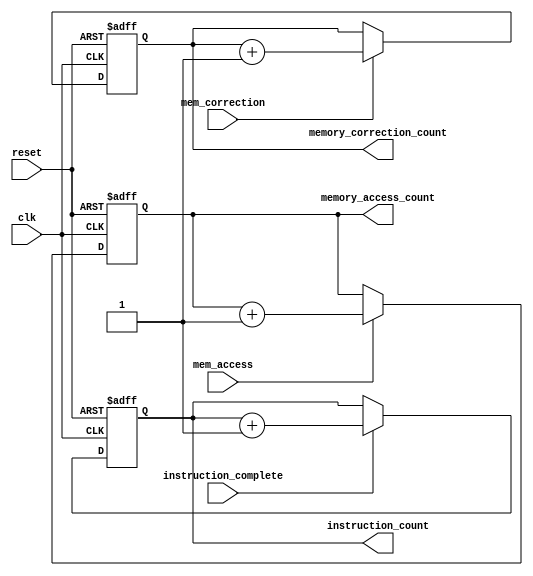
/*
CS 274
Ursinus College

@author Michael Cummins
@purpose Implementation of increment registers
*/

module inc_reg(
    input clk,            
    input reset,          
    input instruction_complete, 
    input mem_access,     
    input mem_correction, 
    output reg [19:0] instruction_count, 
    output reg [19:0] memory_access_count, 
    output reg [19:0] memory_correction_count 
);

always @(posedge clk or posedge reset) begin
    if (reset) begin
        instruction_count <= 20'b0;
        memory_access_count <= 20'b0;
        memory_correction_count <= 20'b0;
    end else begin
        if (instruction_complete) begin
            instruction_count <= instruction_count + 1;
        end
        if (mem_access) begin
            memory_access_count <= memory_access_count + 1;
        end
        if (mem_correction) begin
            memory_correction_count <= memory_correction_count + 1;
        end
    end
end

endmodule